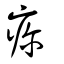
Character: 疹